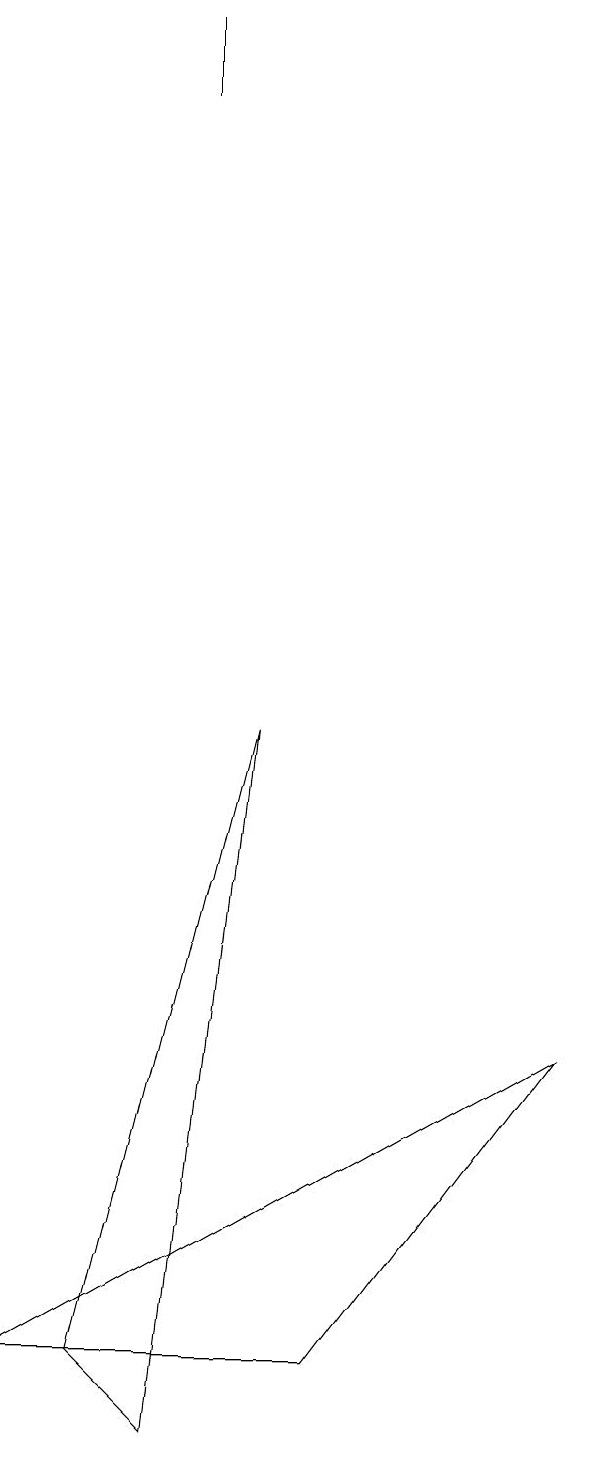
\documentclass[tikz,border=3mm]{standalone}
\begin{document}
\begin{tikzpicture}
\draw (8,5) -- (1,1) -- (5,1) -- cycle;
\draw (2,1) -- (3,0) -- (4,9) -- cycle;
\draw (3,17) rectangle (3,18);
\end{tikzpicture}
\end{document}